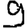
Digit: 9